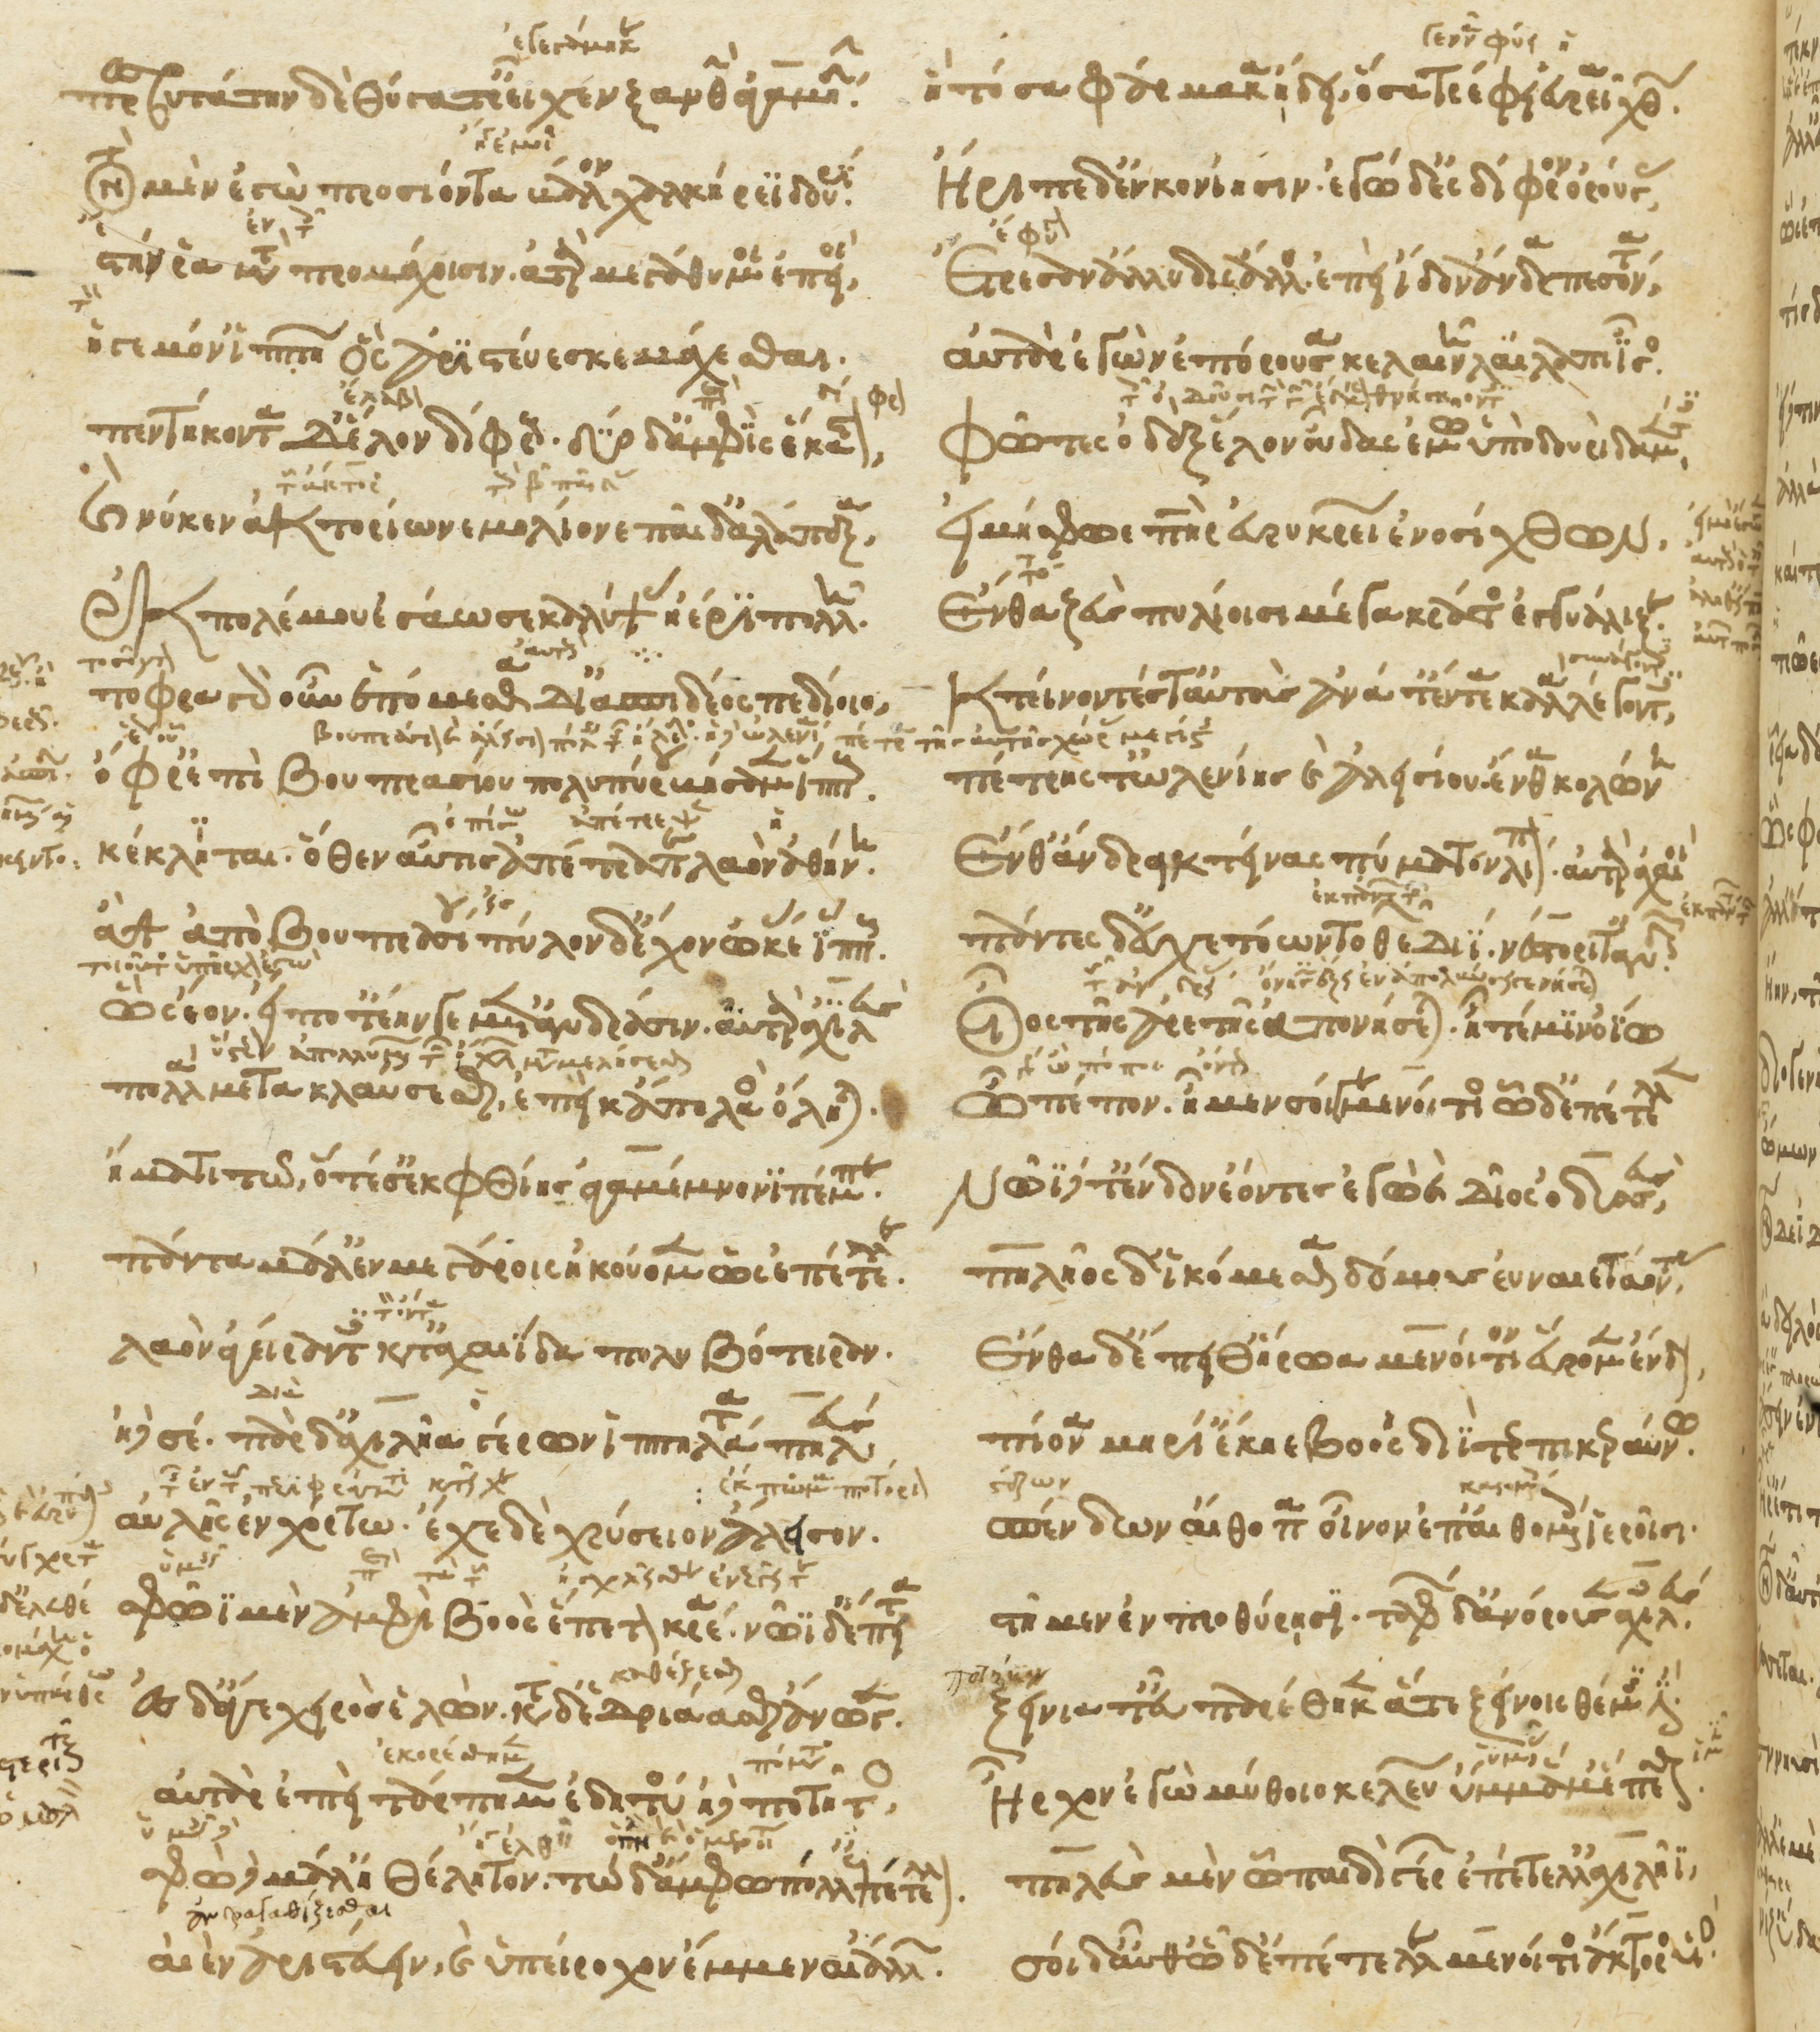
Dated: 1266–1299